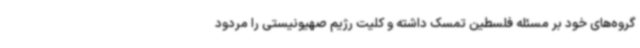
گروه‌های خود بر مسئله فلسطین تمسک داشته و کلیت رژیم صهیونیستی را مردود